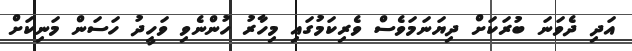
އަދި ދެވަނަ ބުރަކަށް ދިޔަނަމަވެސް ވެރިކަމުގައި މިހާރު ހުންނެވި ވަހީދު ހަސަން މަނިކަށް